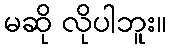
မဆို လိုပါဘူး။